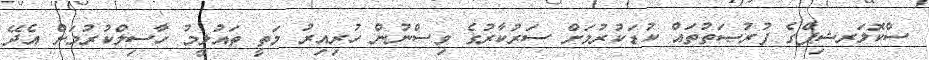
ސްކޮލަރޝިޕްގެ ފުރުޞަތުތައް ކުޑަކުރުމަށް ސަރުކާރުގެ ވިސްނުން ހުރިއިރު މަތީ ތައުލީމު ހާސިލްކުރުމަށް އެދޭ